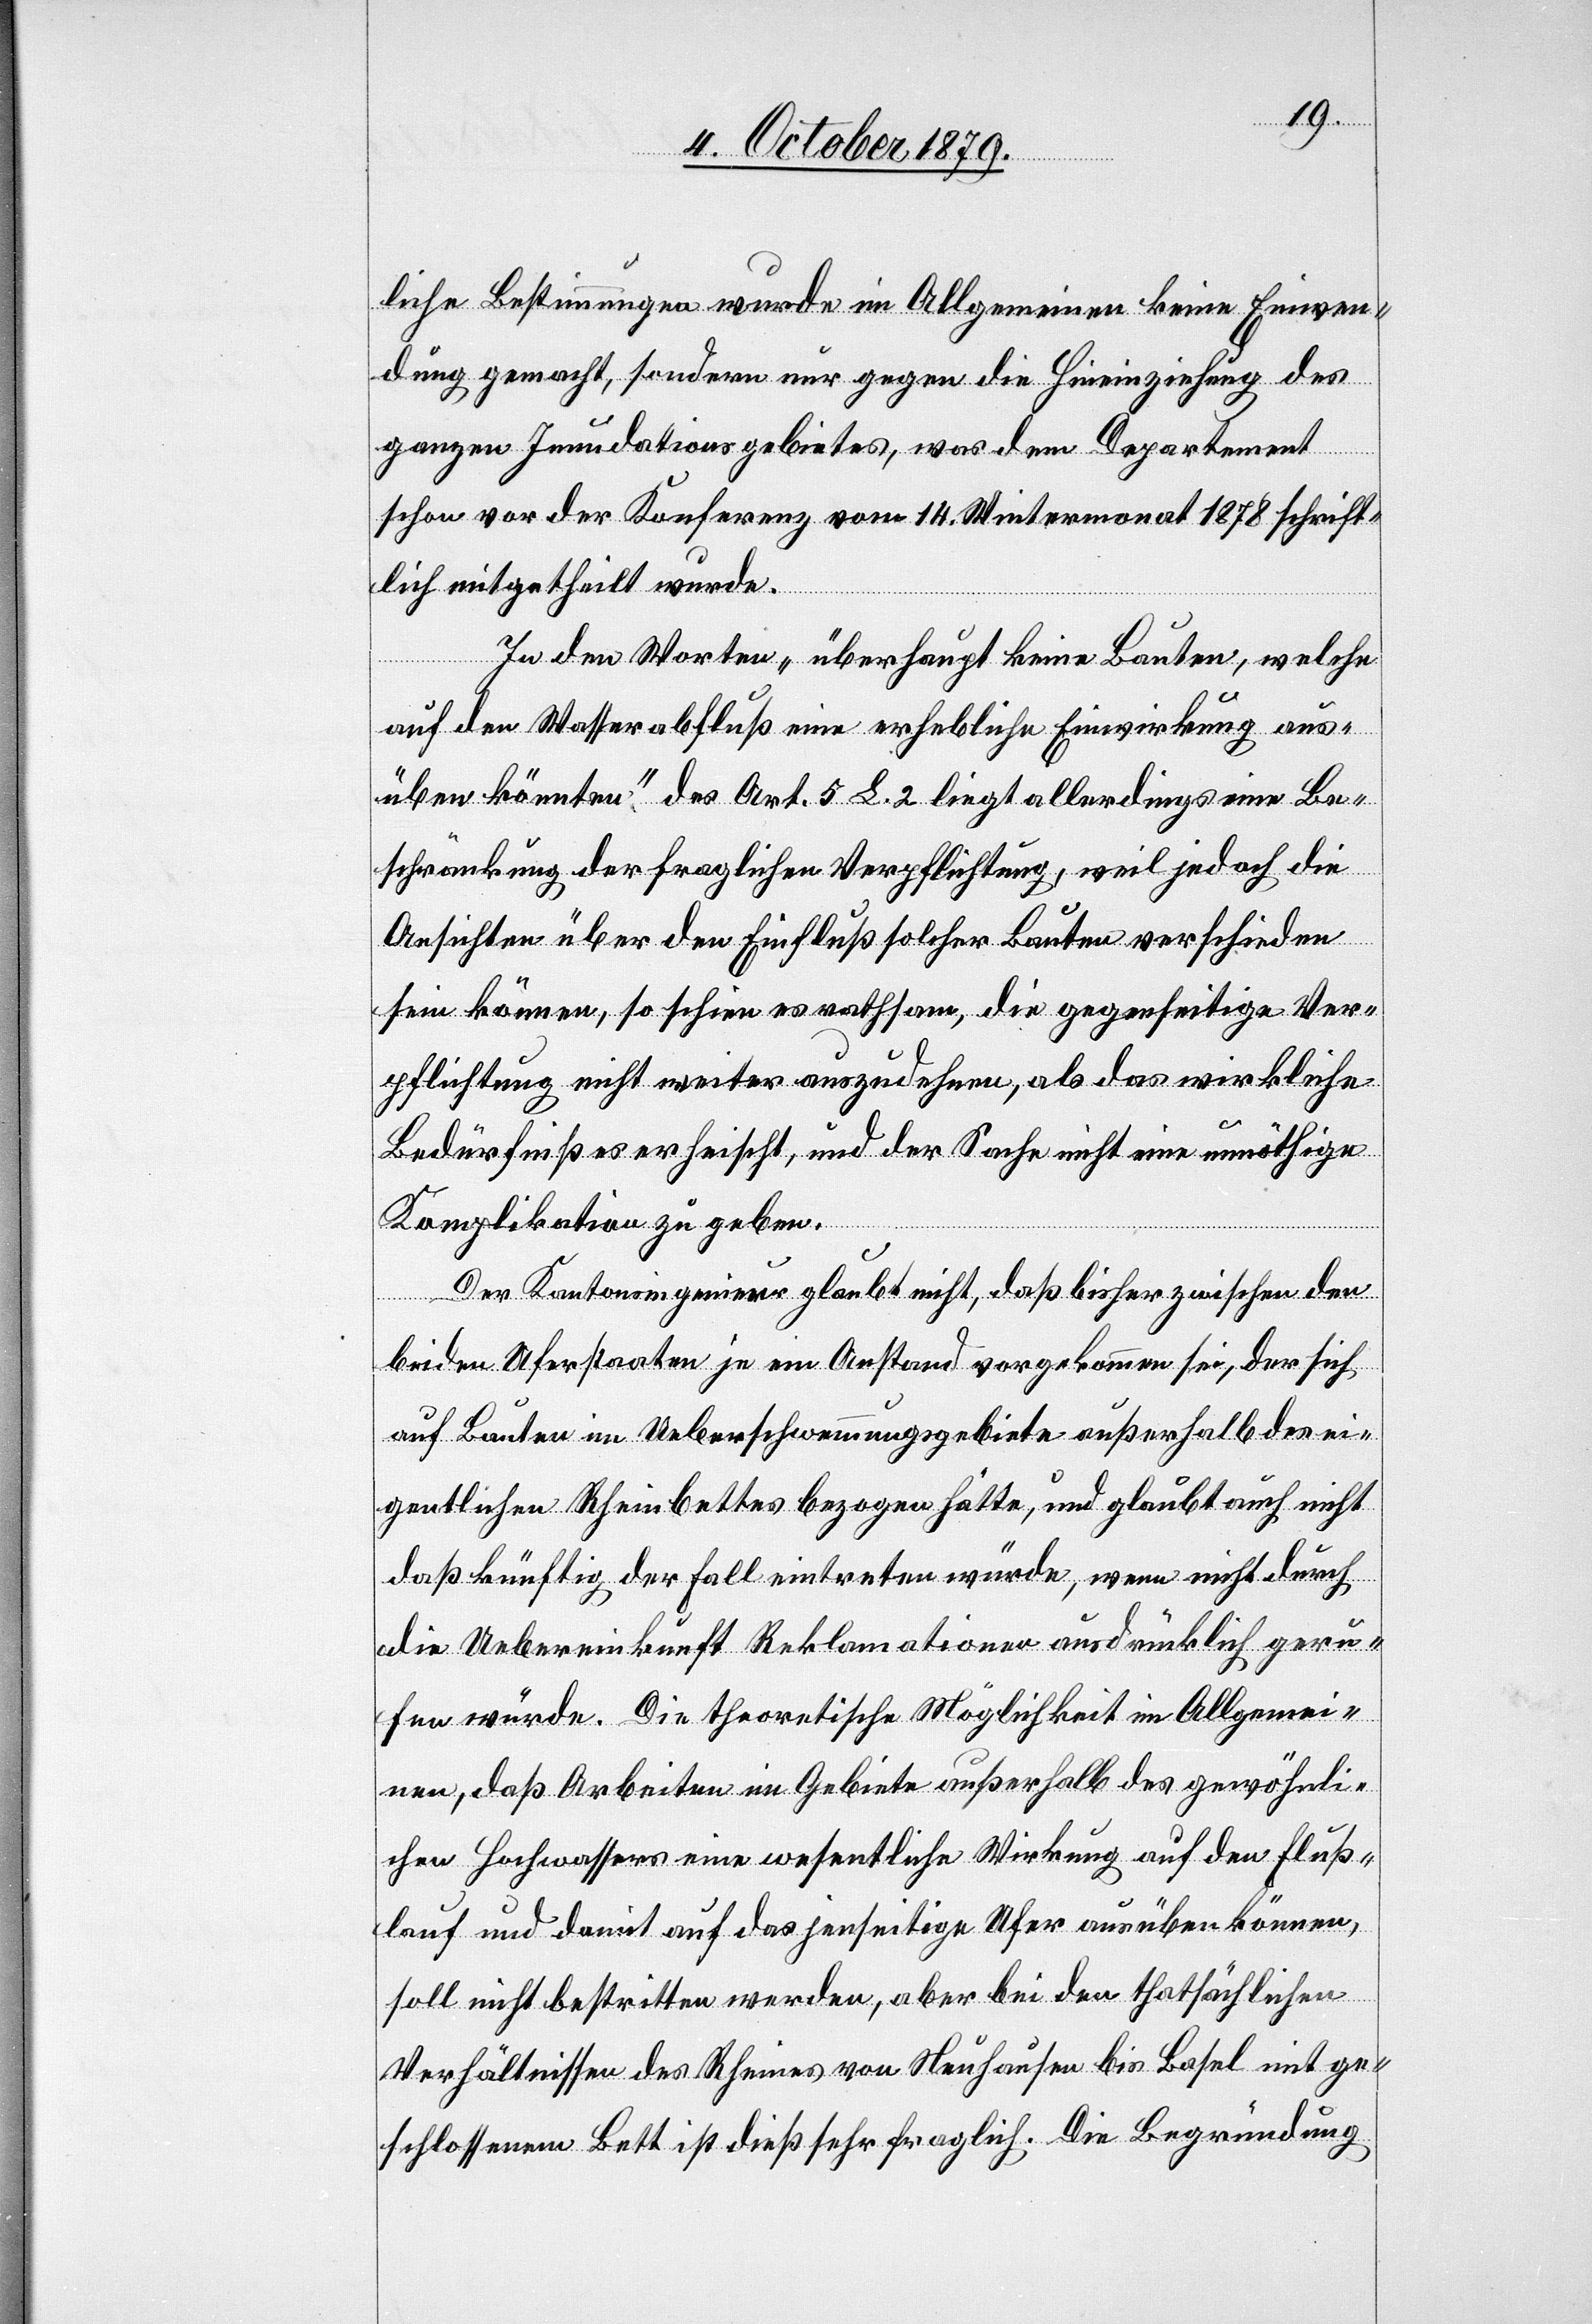
liche Bestimmungen wurde im Allgemeinen keine Einwen¬
dung gemacht, sondern nur gegen die Hineinziehung des
ganzen Inundationsgebietes, was dem Departement
schon vor der Konferenz vom 14. Wintermonat 1878 schrift¬
lich mitgetheilt wurde.
Zu den Worten „überhaupt keine Bauten, welche
auf den Wasserabfluß eine erhebliche Einwirkung aus¬
üben könnten“ des Art. 5 L. 2 liegt allerdings eine Be¬
schränkung der fraglichen Verpflichtung, weil jedoch die
Ansichten über den Einfluß solcher Bauten verschieden
sein können, so schien es rathsam die gegenseitige Ver¬
pflichtung nicht weiter auszudehnen, als das wirkliche
Bedürfniß es erheischt, und der Sache nicht eine unnöthige
Komplikation zu geben.
Der Kantonsingenieur glaubt nicht, daß bisher zwischen den
beiden Uferstaaten je ein Anstand vorgekommen sei, der sich
auf Bauten im Ueberschwemmungsgebiete außerhalb des ei¬
gentlichen Rheinbettes bezogen hätte, und glaubt auch nicht
daß künftig der Fall eintreten würde, wenn nicht durch
die Uebereinkunft Reklamationen ausdrücklich geru¬
fen würde. Die theoretische Möglichkeit im Allgemei¬
nen, daß Arbeiten im Gebiete außerhalb des gewöhnli¬
chen Hochwassers eine wesentliche Wirkung auf den Fluß¬
lauf und damit auf das jenseitige Ufer ausüben können,
soll nicht bestritten werden, aber bei den thatsächlichen
Verhältnissen des Rheines von Neuhausen bei Basel mit ge¬
schlossenem Bett ist dieß sehr fraglich. Die Begründung